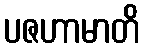
ပဇဟာမာတိ